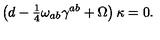
\left( d - { \textstyle \frac { 1 } { 4 } } \omega _ { a b } \gamma ^ { a b } + \Omega \right) \kappa = 0 .